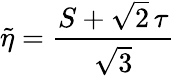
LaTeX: \tilde{\eta}={\frac{S+\sqrt{2}\, \tau}{\sqrt{3}}}